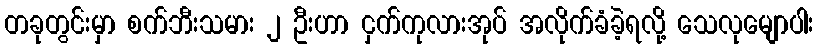
တခုတွင်းမှာ စက်ဘီးသမား ၂ ဦးဟာ ငှက်ကုလားအုပ် အလိုက်ခံခဲ့ရလို့ သေလုမျောပါး